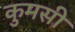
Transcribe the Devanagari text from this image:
कुमसी